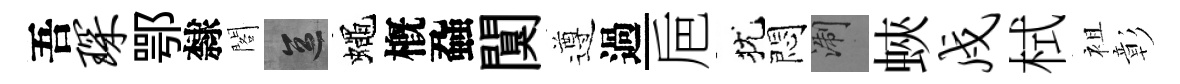
吾琛鄂隸閣區蠅槪蝨闃遵過巵犹悶浙蛺戍栻袓彰